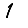
Digit: 1